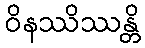
ဝိနဿိဿန္တိ